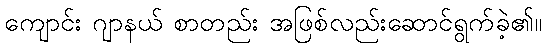
ကျောင်း ဂျာနယ် စာတည်း အဖြစ်လည်းဆောင်ရွက်ခဲ့၏။